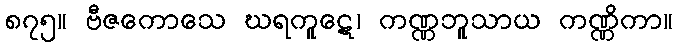
၈၇၅။ ဗီဇကောသေ ဃရကူဋေ၊ ကဏ္ဏဘူသာယ ကဏ္ဏိကာ။